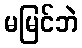
မမြင်ဘဲ